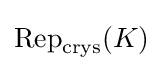
\operatorname {Rep} _{\mathrm {crys} }(K)